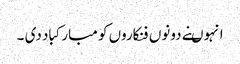
انہوںنے دونوں فنکاروں کو مبارکباد دی ۔